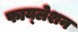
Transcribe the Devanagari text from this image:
फाय्लेशन